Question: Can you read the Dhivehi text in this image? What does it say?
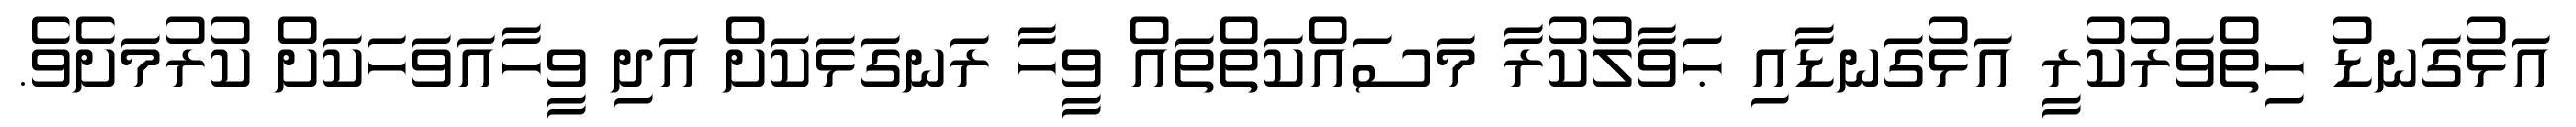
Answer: އަޅުގަނޑު ހިތްވަރުކުރީ އަޅުގަނޑާއި ޙަވާލުކުރާ މަސައްކަތްތައް ވީހާ ރަނގަޅަކަށް އަދި ވީހާއަވަހަކަށް ކުރުމަށެވެ.